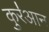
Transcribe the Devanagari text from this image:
कुर॑आन